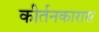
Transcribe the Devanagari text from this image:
कीर्तनकारास